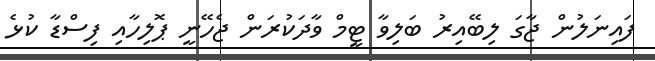
ފައިނަލުން ޖާގަ ލިބޭއިރު ބަލިވާ ޓީމް ވާދަކުރަން ޖެހޭނީ ޕޮލިހާއި ފިސްޑާ ކުޅެ